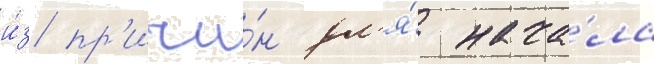
и́з пр'ичи́н дл'я́ нача́ла